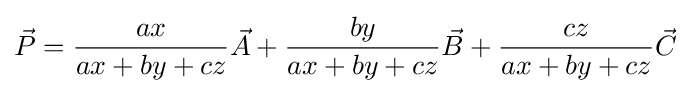
{\vec {P}}={\frac {ax}{ax+by+cz}}{\vec {A}}+{\frac {by}{ax+by+cz}}{\vec {B}}+{\frac {cz}{ax+by+cz}}{\vec {C}}